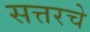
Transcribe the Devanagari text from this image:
सत्तरचे